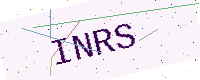
Text: INRS